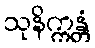
သုနိက္ကန္တံ